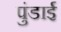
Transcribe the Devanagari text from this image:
पुंडाई